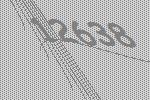
12638